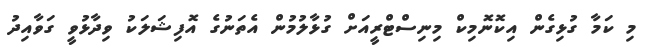
މި ކަމާ ގުޅިގެން އިކޮނޮމިކް މިނިސްޓްރީއަށް ގުޅާލުމުން އެތަނުގެ އޮފިޝަލަކު ވިދާޅުވީ ގަވާއިދު